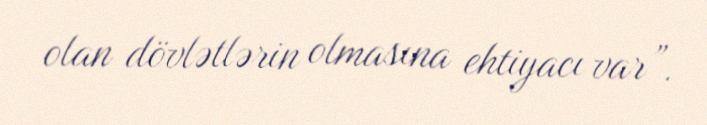
olan dövlətlərin olmasına ehtiyacı var”.